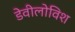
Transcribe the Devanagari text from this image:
डेवीलोविश